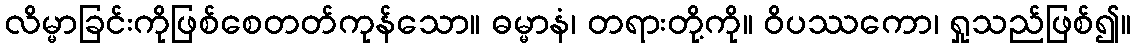
လိမ္မာခြင်းကိုဖြစ်စေတတ်ကုန်သော။ ဓမ္မာနံ၊ တရားတို့ကို။ ဝိပဿကော၊ ရှုသည်ဖြစ်၍။